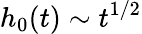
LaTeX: h_{0}(t)\sim t^{1/2}